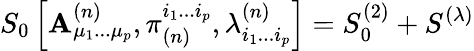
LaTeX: S_{0}\left[\mathbf{A}_{\mu_{1}...\mu_{p}}^{(n)},\pi_{(n)}^{i_{1}...i_{p}},\lambda_{i_{1}...i_{p}}^{(n)}\right]=S_{0}^{(2)}+S^{(\lambda)}